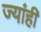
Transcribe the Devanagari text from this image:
ज्यांही